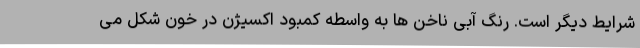
شرایط دیگر است. رنگ آبی ناخن ها به واسطه کمبود اکسیژن در خون شکل می